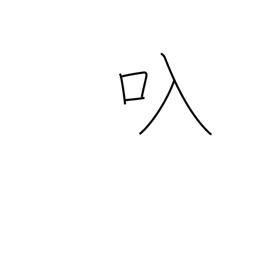
Meaning: straw bag